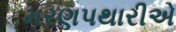
મરણપથારીએ